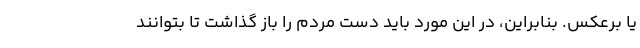
یا برعکس. بنابراین، در این مورد باید دست مردم را باز گذاشت تا بتوانند